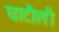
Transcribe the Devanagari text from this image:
घाटौली